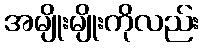
အမျိုးမျိုးကိုလည်း